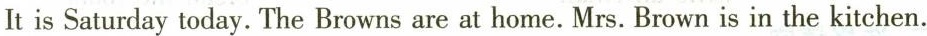
It is Saturday today. The Browns are at home. Mrs. Brown is in the kitchen.